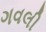
ગવલી